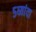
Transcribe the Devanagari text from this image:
५व्यांदा